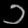
Digit: ၁